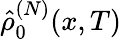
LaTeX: \hat{\rho}_{0}^{(N)}(x,T)